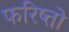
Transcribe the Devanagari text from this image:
फरिष्तो